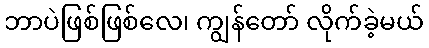
ဘာပဲဖြစ်ဖြစ်လေ၊ ကျွန်တော် လိုက်ခဲ့မယ်